Vaccine operations Central Provinces 1886-1899 - 1886-1899
Year: 1886
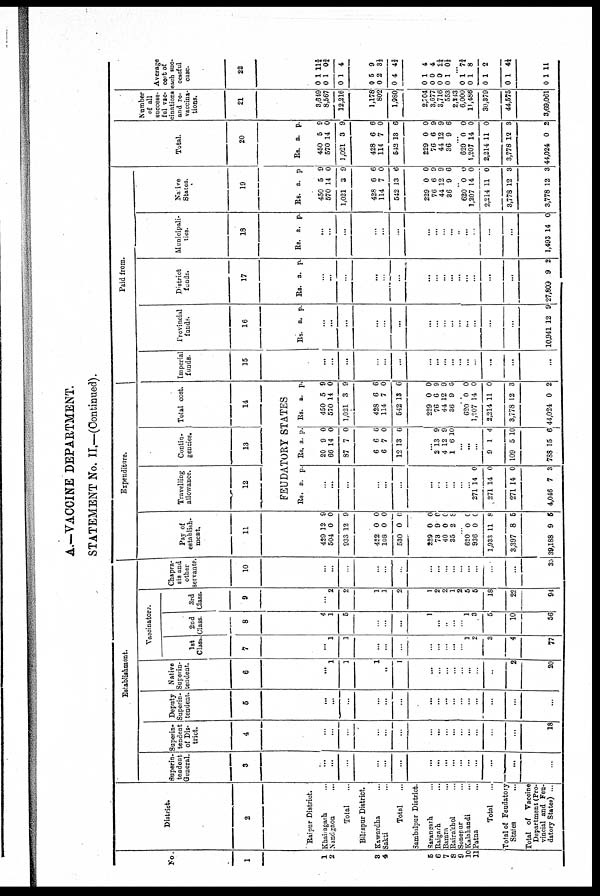
A.—VACCINE DEPARTMENT.
STATEMENT No. II.—(Continued).
No.
1
1
2
3
4
5
6
7
8
9
10
11
District.
2
Raipur District.
Khairagarh ...
Nandgaon
...
Total …
Bilaspur District.
Kawardha …
Sakti …
Total …
Sambalpur District.
Sarangrarh …
Raigarh …
Bamra …
Rairakhol …
Sonepur …
Kalahandi …
Patna
...
Total
...
Total of Feudatory
States ...
Total of Vaccine
Department (Pro
vincial and Feu
datory States) ...
Establishment.
Superin¬
tendent
General.
3
...
…
...
…
…
...
...
…
...
...
...
...
...
...
...
...
Superin
tendent
of Dis
trict.
4
...
…
...
…
...
...
...
...
...
...
...
...
...
...
...
18
Deputy
Superin
tendent.
5
...
...
...
…
...
...
...
...
...
...
…
...
...
...
...
...
Native
Superin¬
tendent.
6
...
1
1
1
…
1
…
…
…
…
…
...
...
...
2
20
Vaccinators.
1st
Class.
7
...
1
1
…
...
...
...
...
…
...
1 ...
2
3
4
77
2nd
Class.
8
4
1
5
…
...
...
1
…
…
…
1 ...
3
5
10
56
3rd
Class.
9
...
2
2
1
1
2
1
2
2
1
2
5
5
18
22
94
Chapra¬
sis and
other
servants.
10
...
...
...
…
...
...
…
…
…
…
...
...
...
...
...
33
Expenditure.
Pay of
establish
ment.
11
429
504
933
422
108
530
12
0
12
0
0
0
9
0
9
0
0
0
229
73
40
35
0
9
0
2
0
0 0
8
…
620
936
1,933
3,397
39,188
0
0
11
8
9
0
0
8
5
5
Travelling
allowance.
12
Contin
gencies.
13
Total cost.
14
FEUDATORY STATES
Rs. a. p.
...
...
...
…
...
...
…
…
…
…
...
…
271
271
271
4,046
14
14
14
7
0
0
0
3
Rs. a. p.
20
66
87
6
6
12
9
14
7
6
7
13
0
0
0
6
0
6
…
2
4
1
13
12
6
9
9
10
...
...
...
9
109
788
1
5
15
4
10
6
Rs. a. p.
450
570
1,021
428
114
542
5
14
3
6
7
13
9
0
9
6
0
6
229
76
44
36
0
6
12
9
0
9
9
6
...
620
1,207
2,214
3,778
44,024
0
14
11
12
0
0
0
0
3
2
Paid from.
Imperial
funds.
15
...
...
...
…
...
...
…
…
…
...
...
...
...
...
...
...
Provincial
funds.
16
Rs. a. p.
...
...
...
…
...
...
…
…
…
…
…
...
...
...
...
10,941 12 9
District
funds.
17
Rs. a. p.
...
...
…
…
...
...
…
…
…
...
...
...
...
...
...
27,809 9 2
Municipali
ties.
18
Rs. a. p.
...
...
...
…
...
...
…
…
…
…
…
...
...
...
...
1,493 14 0
Native
States.
19
Rs. a. p
450
570
1,021
428
114
542
5
14
3
6
7
13
9
0
9
6
0
6
229
76
44
36
0
6
12
9
0
9
9
6
…
620
1,207
2,214
3,778
3,778
0
14
11
12
12
0
0
0
3
3
Total.
20
Rs. a. p.
450
570
1,021
428
114
542
5
14
3
6
7
13
9
0
9
6
0
6
229
76
44
36
0
6
12
9
0
9
9
6
...
620
1,207
2,214
3,778
44,024
0
14
11
12
0
0
0
0
3
2
Number
of all
success
ful vac
cinations
and re¬
vaccina
tions.
21
3,649
8,567
12,216
1,178
802
1,980
2,704
3,677
3,716
553
2,243
6,000
11,486
30,379
44,575
3,69,061
Average
cost of
each suc
cessful
case.
22
0
0
0
0
0
0
1
1
1
5
2
4
11¾
0¾
4
9
3⅓
4⅔
0
0
0
0
1
0
0
1
4
4
2¼
0½
...
0
0
0
0
0
1
1
1
1
1
7¾
8
2
4¼
11